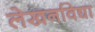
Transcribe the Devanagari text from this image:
लेखनविद्या